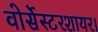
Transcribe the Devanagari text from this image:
वोर्सेस्टरशायर।